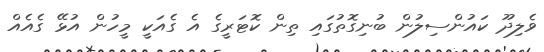
ވެލިދޫ ކައުންސިލުން ބުނިގޮތުގައި ތިން ކޮޓަރީގެ އެ ގެއަކީ މީހުން އުޅޭ ގެއެއް